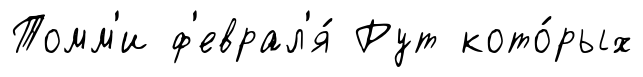
Томм'и ф'еврал'я́ Рут кото́рых